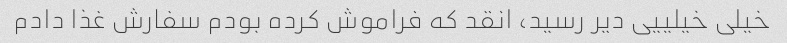
خیلی خیلییی دیر رسید، انقد که فراموش کرده بودم سفارش غذا دادم